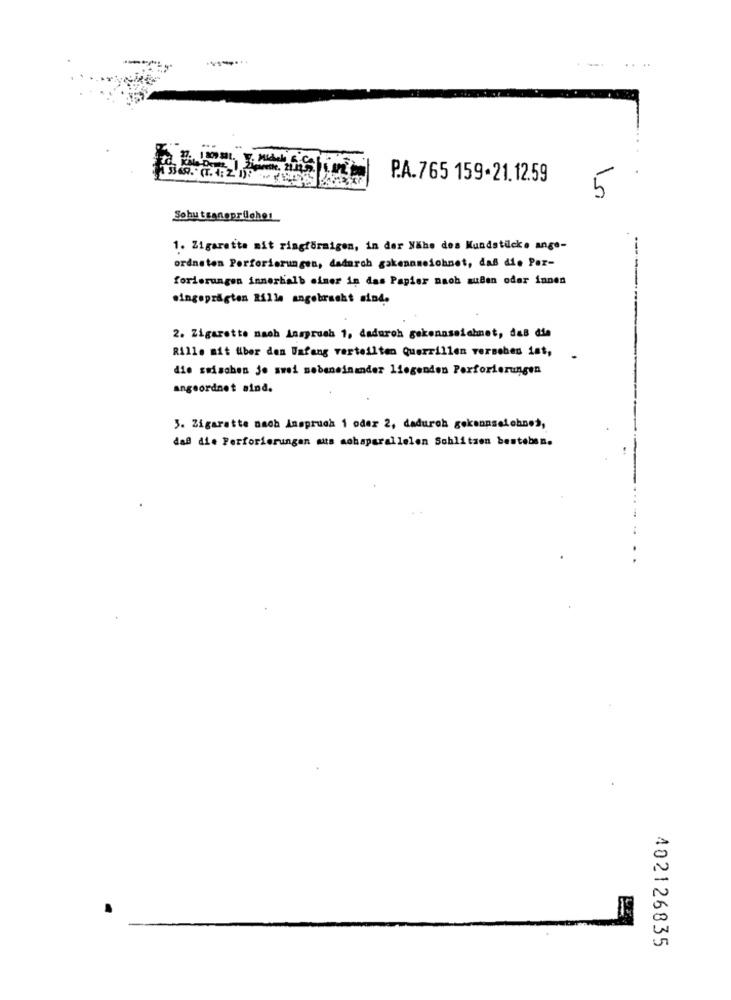
P.A.765 159-21.12.59
5
Sohu tranapriloher
1. Zigarette mit ringförmigen, in der Nähe des Mundstücke ange-
ordneten Perforierungen, dadurch gakennzeichnet, daß die Per-
forierungen innerhalb einer in das Papier nach außen oder innen
.ingeprägten Rilla angebracht sind.
2. Zigarette nach Anspruch 1, dadurch gekennzeichnet, das die
Rille mit über den Unfang verteilten Querrillen versehen ist,
die swischen jo swei nebeneinander liegenden Perforierungen
angeordnet sind.
5. Zigarette nach Anspruch 1 oder 2, dadurch gekennseichno>,
daß die Perforierungan muts achaparallelen Schlitzen besteben.
.
402126835